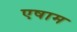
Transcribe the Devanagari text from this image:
एषाम